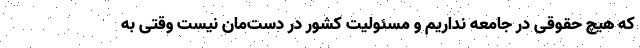
که هیچ حقوقی در جامعه نداریم و مسئولیت کشور در دست‌مان نیست وقتی به